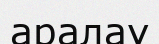
аралау